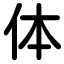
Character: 体